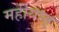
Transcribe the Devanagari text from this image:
महीयान्‌